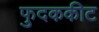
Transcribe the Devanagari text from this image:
फुदककीट